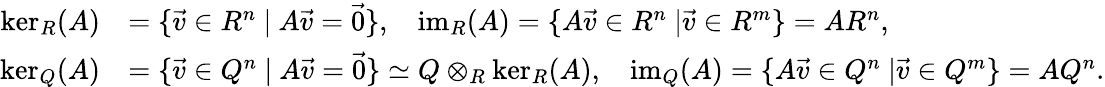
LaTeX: \begin{array}{rl}{\ker_{R}(A)}&{=\{ \vec{v}\in R^{n}\ |\ A\vec{v}=\vec{0}\} ,\ \ \ \operatorname{im}_{R}(A)=\{ A\vec{v}\in R^{n}\ |\vec{v}\in R^{m}\} =AR^{n},}\\ {\ker_{Q}(A)}&{=\{ \vec{v}\in Q^{n}\ |\ A\vec{v}=\vec{0}\} \simeq Q\otimes_{R}\ker_{R}(A),\ \ \ \operatorname{im}_{Q}(A)=\{ A\vec{v}\in Q^{n}\ |\vec{v}\in Q^{m}\} =AQ^{n}.}\end{array}